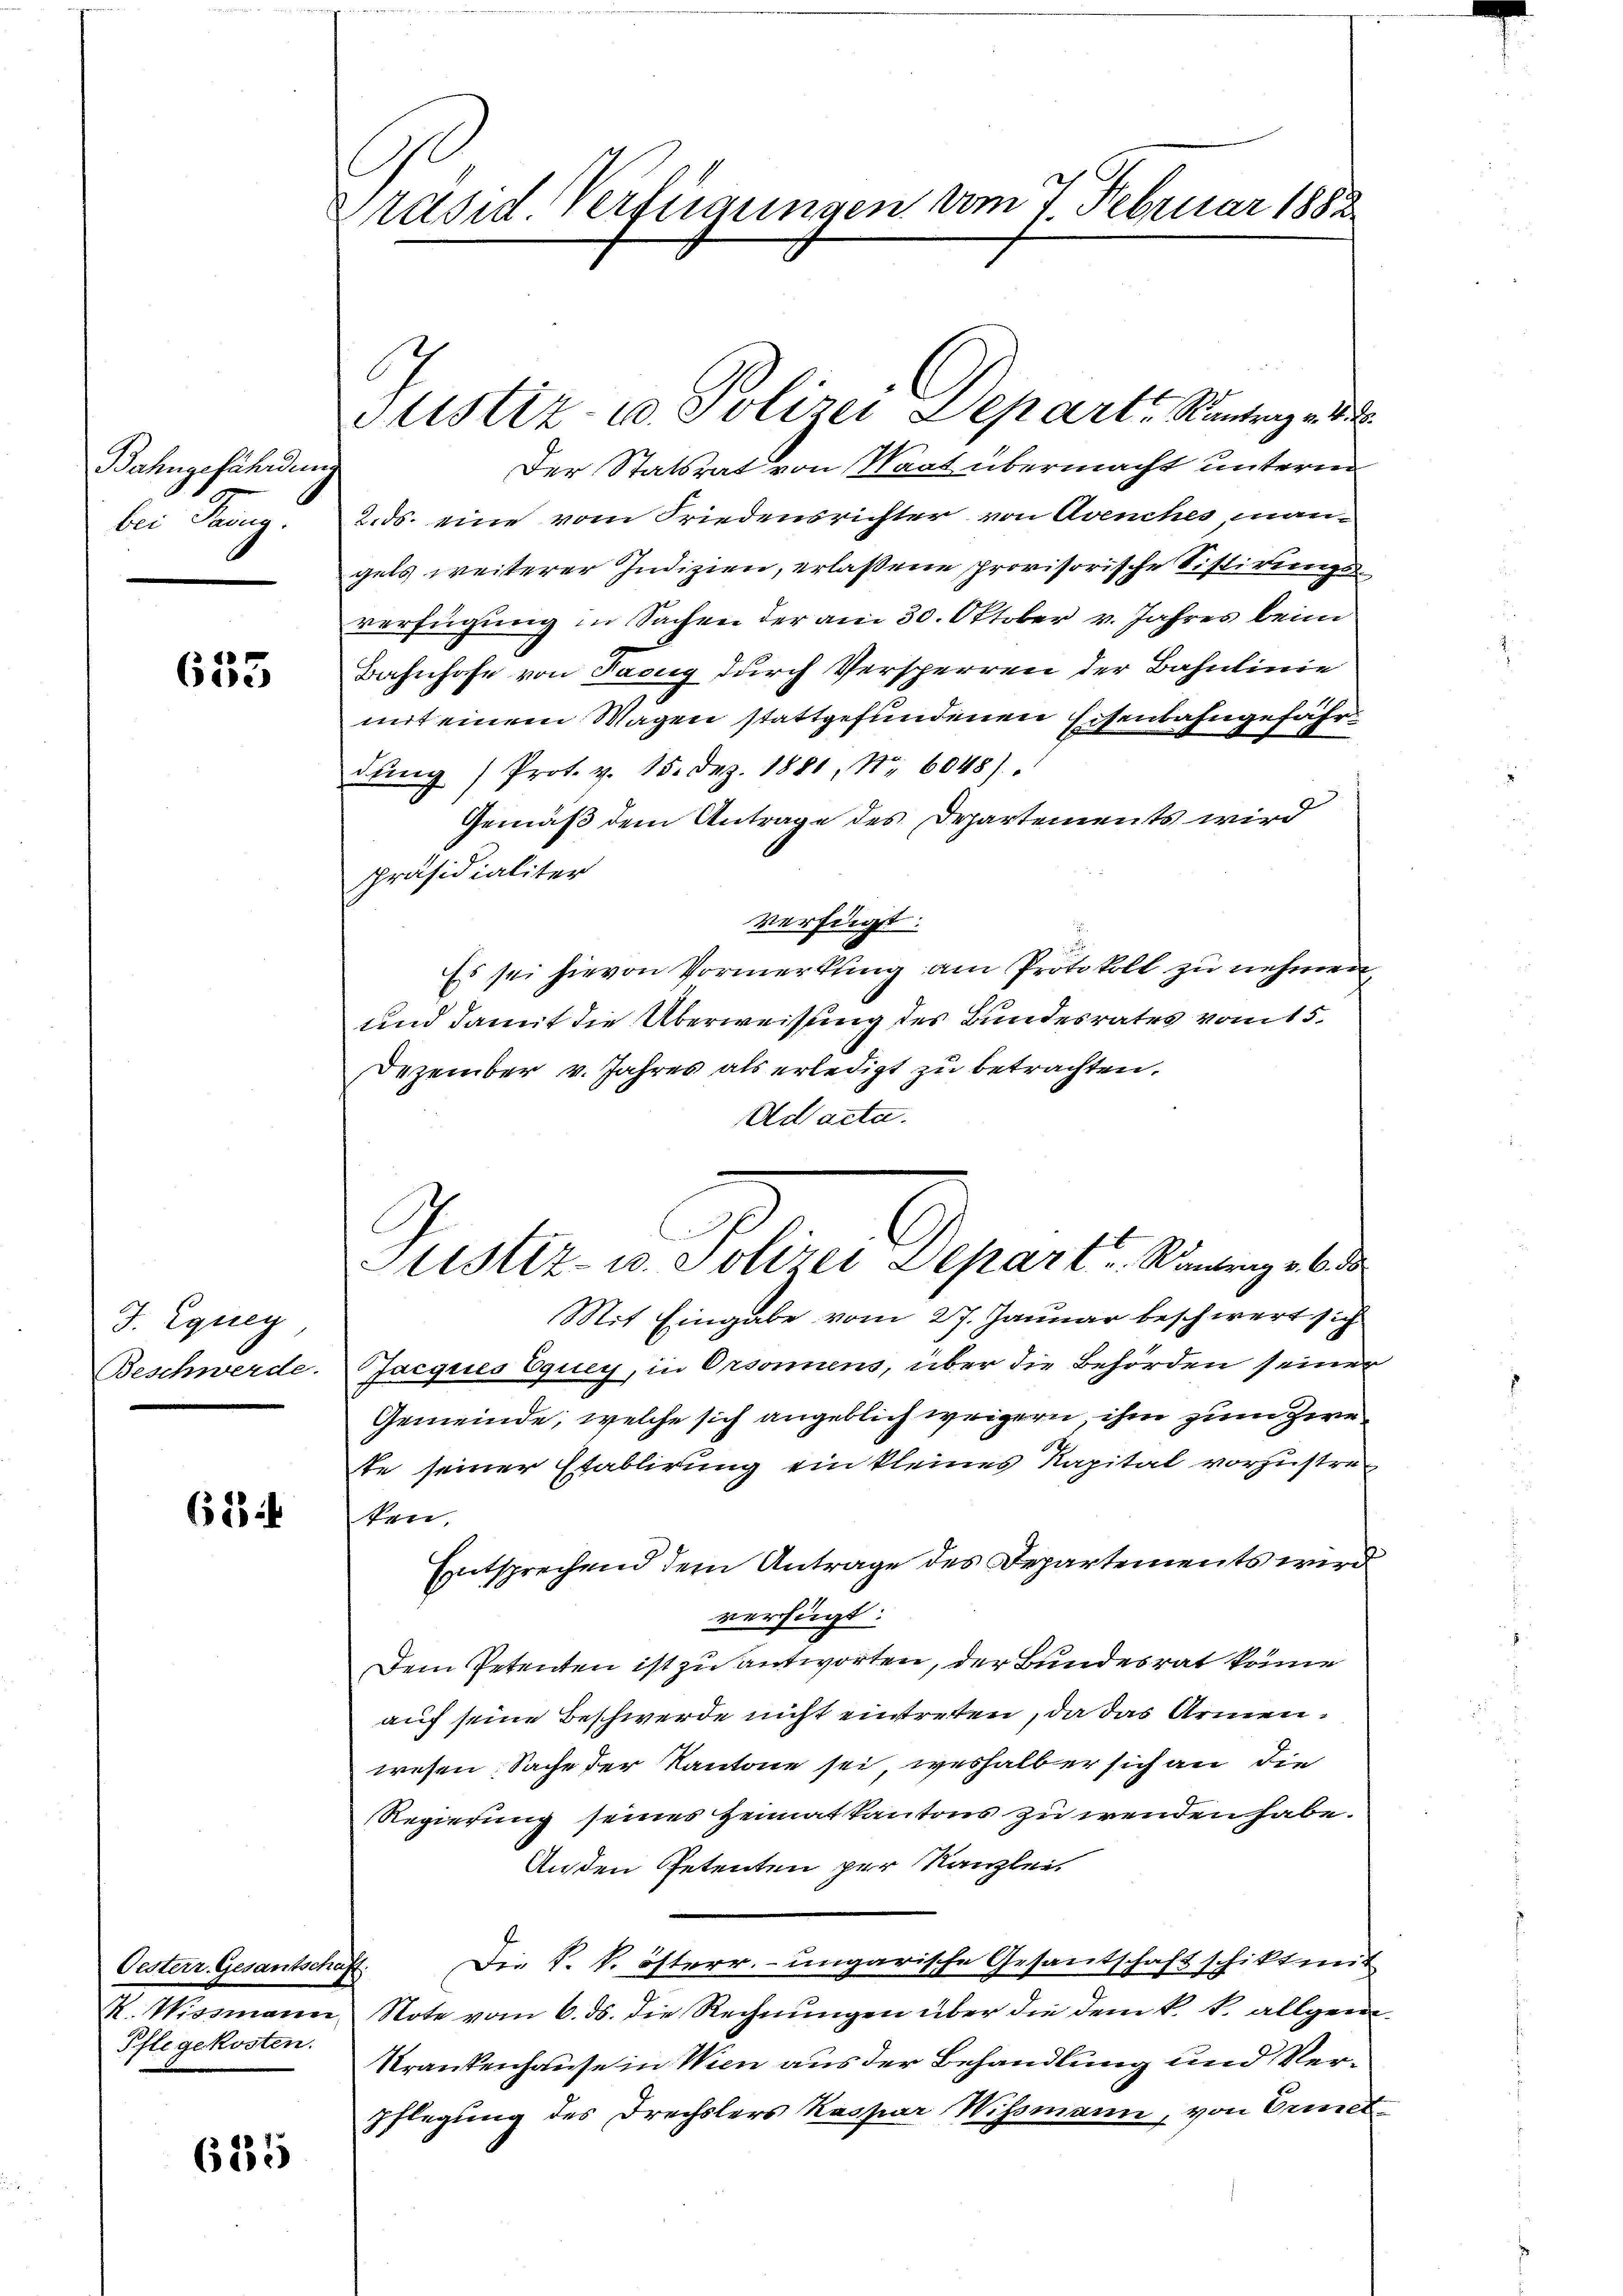
Bahngefährdun
bei Franz.

633

J. Equeg
Beschwerde.

624

Oesterr. Gesantschaft
K. Wissmann
Pflegekosten.

625

Präsid Verfügungen vom 7. Februar 1882

l

Der Statsrat von Waat übermacht unterm
2. ds. eine vom Friedensrichter von Avenches man-
gels weiterer Indizien, erlassene provisorische Sistirungs
verfügung in Sachen der am 30. Oktober v. Jahres beim
Bahnhofe von Facug durch Versperren der Bahnlinie
mit einem Wagen stattgefundenen Eisenbahngefähr
dŭng /Prot. v. 15. Dez. 1881, Nr. 6048).
Gemäß dem Antrage des Departements wird
präsidialiter
Verfügt:
Es sei hievon Vormerkung am Protokoll zu nehmen
und damit die Überweisung des Bundesrates vom 15.
Dezember v. Jahres als erledigt zu betrachten.
Ad acta.
Mit Eingabe vom 27. Januar beschwert sich
Jacques Equey, in Orsonnens, über die Behörden seiner
Gemeinde, welche sich angeblich weigern, ihm zum Zwette seiner Etablirung ein kleines Kapital vorzustreken.
Entsprechend dem Antrage des Departements wird
verfügt:
Dem Petenten ist zu antworten, der Bundesrat könne
auf seine Beschwerde nicht eintreten, da das Armenwesen Sache der Kantone sei weshalb er sich an die
Regierung seines Heimatkantons zu wenden habe.
Anden Petenten per Kanzlei-
Die k. k. österr. ungarische Gesandschaft schikt mit
Note vom 6. ds. die Rechnungen über die dem k. k. allgem.
Krankenhause in Wien aus der Behandlung und Ver¬
Pflegung des Drechslers Kaspar Wismann, von Ermet¬

Stistiz- u. Polizei Depart, Kantrag v. 4. 28.

Stistiz- u. Polizei Depart u. Rantrag v. 6. de